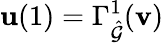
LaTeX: \mathbf{u}(1)=\Gamma_{\hat{\mathcal{G}}}^{1}(\mathbf{v})